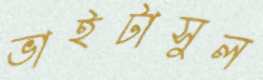
ভাইটাসুল